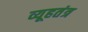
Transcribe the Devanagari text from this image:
व्यूहतंत्र